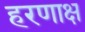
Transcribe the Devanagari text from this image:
हरणाक्ष